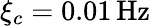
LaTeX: \xi_{c}=0.01\mathrm{\, Hz}